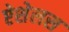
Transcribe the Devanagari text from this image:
ऐशेलस